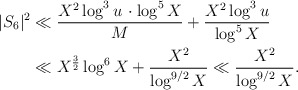
\begin{align*}|S_6|^2 &\ll \frac{X^2 \log^3 u \, \cdot \log^5 X }{M} + \frac{X^2 \log^3 u}{\log^5 X} \\&\ll X^{\frac{3}{2}} \log^{6} X + \frac{X^2}{\log^{9/2}X} \ll \frac{X^2}{\log^{9/2} X}.\end{align*}